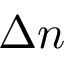
\Delta n